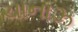
ચાનાઝ